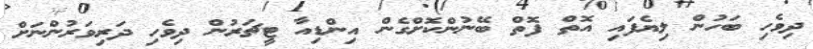
ދިވެހި ބަހުން ލިޔެފައި އޮތް ފޮތް ބޭނުންކޮށްގެން އިންޑިއާ ޓީޗަރުން ދިވެހި ދަރިވަރުންނަށް